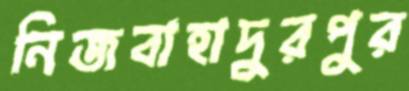
নিজবাহাদুরপুর